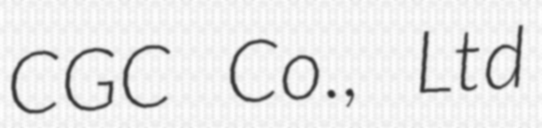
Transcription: CGC Co., Ltd